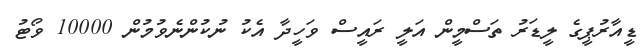
ޑީއާރުޕީގެ ލީޑަރު ތަސްމީން އަލީ ރައީސް ވަހީދާ އެކު ނުކުންނެވުމުން 10000 ވޯޓު